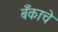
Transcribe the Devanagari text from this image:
बँकाचे